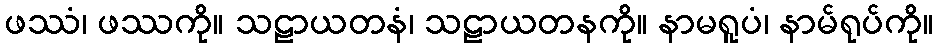
ဖဿံ၊ ဖဿကို။ သဠာယတနံ၊ သဠာယတနကို။ နာမရူပံ၊ နာမ်ရုပ်ကို။